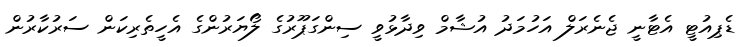
ޑެޕިއުޓީ އެޓާނީ ޖެނެރަލް އަހުމަދު އުޝާމް ވިދާޅުވީ ސިންގަޕޫރުގެ ލޯޔަރުންގެ އެހީތެރިކަން ސަރުކާރުން